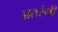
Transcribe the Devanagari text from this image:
अतरंगी